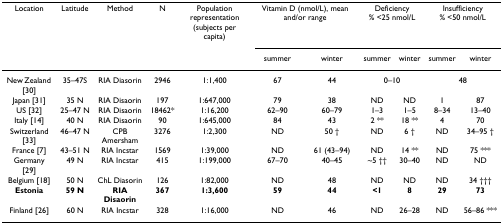
<table><thead><tr><td><b>Location</b></td><td><b>Latitude</b></td><td><b>Method</b></td><td><b>N</b></td><td><b>Population representation (subjects per capita)</b></td><td colspan="2"><b>Vitamin D (nmol/L), mean and/or range</b></td><td colspan="2"><b>Deficiency% &lt;25 nmol/L</b></td><td colspan="2"><b>Insufficiency% &lt;50 nmol/L</b></td></tr><tr><td></td><td></td><td></td><td></td><td></td><td><b>summer</b></td><td><b>winter</b></td><td><b>summer</b></td><td><b>winter</b></td><td><b>summer</b></td><td><b>winter</b></td></tr></thead><tbody><tr><td>New Zealand [30]</td><td>35–47S</td><td>RIA Diasorin</td><td>2946</td><td>1:1,400</td><td>67</td><td>44</td><td colspan="2">0–10</td><td colspan="2">48</td></tr><tr><td>Japan [31]</td><td>35 N</td><td>RIA Disaorin</td><td>197</td><td>1:647,000</td><td>79</td><td>38</td><td>ND</td><td>ND</td><td>1</td><td>87</td></tr><tr><td>US [32]</td><td>25–47 N</td><td>RIA Disaorin</td><td>18462*</td><td>1:16,200</td><td>62–90</td><td>60–79</td><td>1–3</td><td>1–5</td><td>8–34</td><td>13–40</td></tr><tr><td>Italy [14]</td><td>40 N</td><td>RIA Disaorin</td><td>90</td><td>1:645,000</td><td>84</td><td>43</td><td>2 **</td><td>18 **</td><td>4</td><td>70</td></tr><tr><td>Switzerland [33]</td><td>46–47 N</td><td>CPB Amersham</td><td>3276</td><td>1:2,300</td><td>ND</td><td>50 †</td><td>ND</td><td>6 †</td><td>ND</td><td>34–95 †</td></tr><tr><td>France [7]</td><td>43–51 N</td><td>RIA Incstar</td><td>1569</td><td>1:39,000</td><td>ND</td><td>61 (43–94)</td><td>ND</td><td>14 **</td><td>ND</td><td>75 ***</td></tr><tr><td>Germany [29]</td><td>49 N</td><td>RIA Incstar</td><td>415</td><td>1:199,000</td><td>67–70</td><td>40–45</td><td>~5 ††</td><td>30–40</td><td>ND</td><td>ND</td></tr><tr><td>Belgium [18]</td><td>50 N</td><td>ChL Diasorin</td><td>126</td><td>1:82,000</td><td>ND</td><td>48</td><td>ND</td><td>ND</td><td>ND</td><td>34 †††</td></tr><tr><td><b>Estonia</b></td><td><b>59 N</b></td><td><b>RIA Disaorin</b></td><td><b>367</b></td><td><b>1:3,600</b></td><td><b>59</b></td><td><b>44</b></td><td><b>&lt;1</b></td><td><b>8</b></td><td><b>29</b></td><td><b>73</b></td></tr><tr><td>Finland [26]</td><td>60 N</td><td>RIA Incstar</td><td>328</td><td>1:16,000</td><td>ND</td><td>46</td><td>ND</td><td>26–28</td><td>ND</td><td>56–86 ***</td></tr></tbody></table>